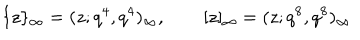
LaTeX: \{ z \} _ { \infty } = ( z ; q ^ { 4 } , q ^ { 4 } ) _ { \infty } , \qquad [ z ] _ { \infty } = ( z ; q ^ { 8 } , q ^ { 8 } ) _ { \infty }